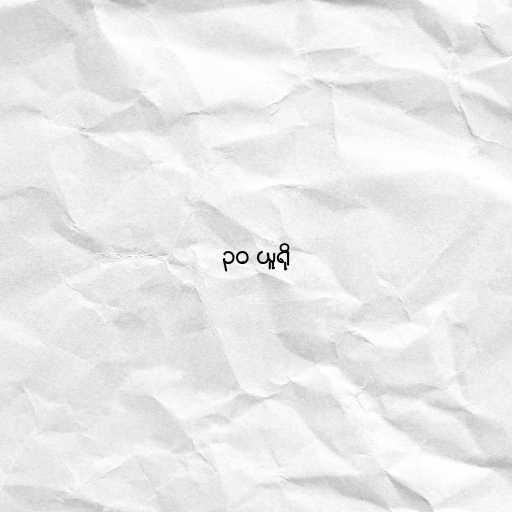
၃၀ ယူရို